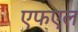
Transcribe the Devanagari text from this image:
एफएल